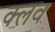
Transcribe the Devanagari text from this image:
क्‍लव